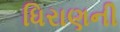
ધિરાણની